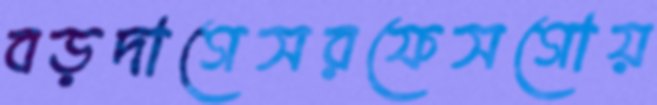
বড়দাগেসরফেসগোয়